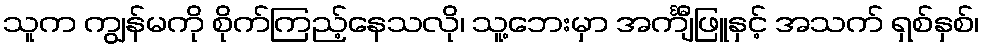
သူက ကျွန်မကို စိုက်ကြည့်နေသလို၊ သူ့ဘေးမှာ အင်္ကျီဖြူနှင့် အသက် ရှစ်နှစ်၊